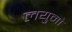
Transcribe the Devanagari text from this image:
लयुमो